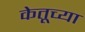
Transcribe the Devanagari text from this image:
केतूच्या